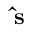
\mathbf { \hat { s } }